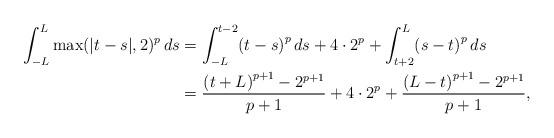
LaTeX: \begin{align*} \int_{-L}^L \max(|t-s|,2)^p \, ds &= \int _{-L}^{t-2}\! \left( t-s \right) ^{p}{ds}+4\cdot{2}^{p}+\int _{t+2}^{L}\! \left( s-t \right) ^{p}{ds} \\ &= {\frac { \left( t+L \right) ^{p+1}-{2}^{p+1}}{p+1}}+4\cdot{2}^{p}+{\frac{\left( L-t \right) ^{p+1}-{2}^{p+1}}{p+1}}, \end{align*}